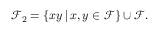
\mathcal { F } _ { 2 } = \{ x y \, \vert \, x , y \in \mathcal { F } \} \cup \mathcal { F } .